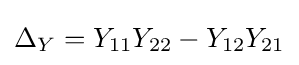
\Delta _{Y}=Y_{11}Y_{22}-Y_{12}Y_{21}